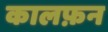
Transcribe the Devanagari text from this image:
कालफ़न